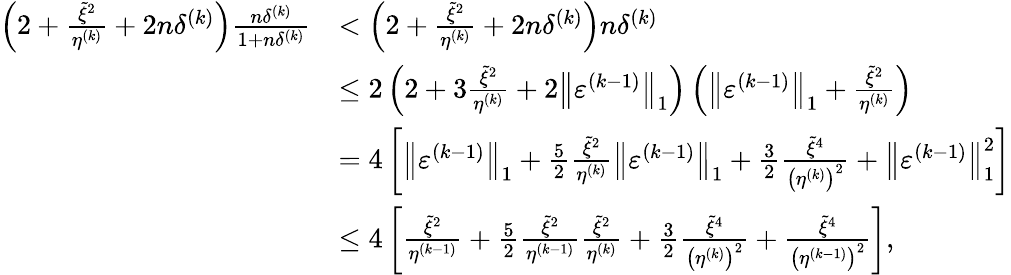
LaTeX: \begin{array}{rl}{\left(2+\frac{\tilde{\xi}^{2}}{\eta^{(k)}}+2n\delta^{(k)}\right)\frac{n\delta^{(k)}}{1+n\delta^{(k)}}}&{<\left(2+\frac{\tilde{\xi}^{2}}{\eta^{(k)}}+2n\delta^{(k)}\right)n\delta^{(k)}}\\ &{\leq 2\left(2+3\frac{\tilde{\xi}^{2}}{\eta^{(k)}}+2\left\| \varepsilon^{(k-1)}\right\| _{1}\right)\left(\left\| \varepsilon^{(k-1)}\right\| _{1}+\frac{\tilde{\xi}^{2}}{\eta^{(k)}}\right)}\\ &{=4\left[\left\| \varepsilon^{(k-1)}\right\| _{1}+\frac{5}{2}\frac{\tilde{\xi}^{2}}{\eta^{(k)}}\left\| \varepsilon^{(k-1)}\right\| _{1}+\frac{3}{2}\frac{\tilde{\xi}^{4}}{\left(\eta^{(k)}\right)^{2}}+\left\| \varepsilon^{(k-1)}\right\| _{1}^{2}\right]}\\ &{\leq 4\left[\frac{\tilde{\xi}^{2}}{\eta^{(k-1)}}+\frac{5}{2}\frac{\tilde{\xi}^{2}}{\eta^{(k-1)}}\frac{\tilde{\xi}^{2}}{\eta^{(k)}}+\frac{3}{2}\frac{\tilde{\xi}^{4}}{\left(\eta^{(k)}\right)^{2}}+\frac{\tilde{\xi}^{4}}{\left(\eta^{(k-1)}\right)^{2}}\right],}\end{array}